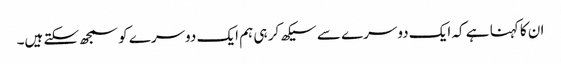
ان کا کہنا ہے کہ ایک دوسرے سے سیکھ کر ہی ہم ایک دوسرے کو سمجھ سکتے ہیں۔